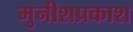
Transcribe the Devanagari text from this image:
मुनीशप्रकाश